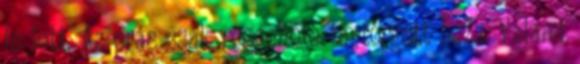
is lett. Az órás csak reggelfelé tántorgott haza. Valami